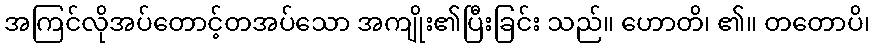
အကြင်လိုအပ်တောင့်တအပ်သော အကျိုး၏ပြီးခြင်း သည်။ ဟောတိ၊ ၏။ တတောပိ၊